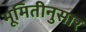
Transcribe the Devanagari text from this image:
भूमितीनुसार